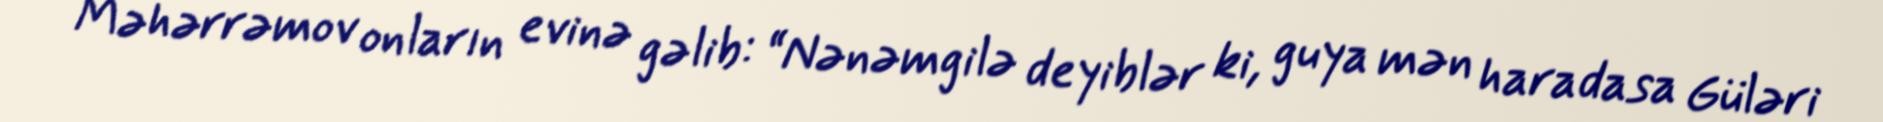
Məhərrəmov onların evinə gəlib: “Nənəmgilə deyiblər ki, guya mən haradasa Güləri